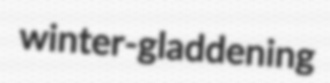
winter-gladdening